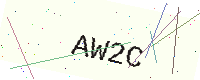
Text: AW2C